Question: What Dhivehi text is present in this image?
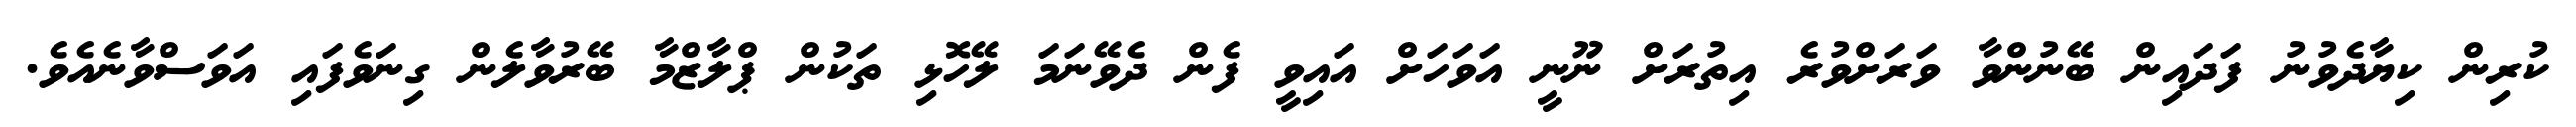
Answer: ކުރިން ކިޔާދެވުނު ފަދައިން ބޭނުންވާ ވަރަށްވުރެ އިތުރަށް ނޫނީ އަވަހަށް އައިވީ ފެން ދެވޭނަމަ ލޭހޮޅި ތަކުން ޕްލާޒްމާ ބޭރުވާލެން ގިނަވެފައި އަވަސްވާނެއެވެ.